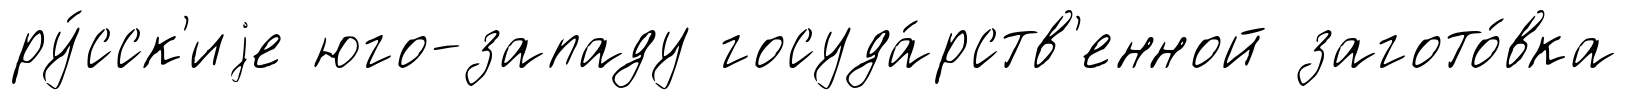
ру́сск'иjе юго-западу госуда́рств'енной загото́вка